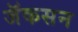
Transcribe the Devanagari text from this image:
जॅकसन